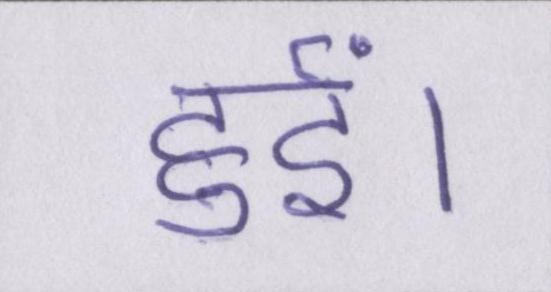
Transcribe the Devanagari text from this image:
हुईं।